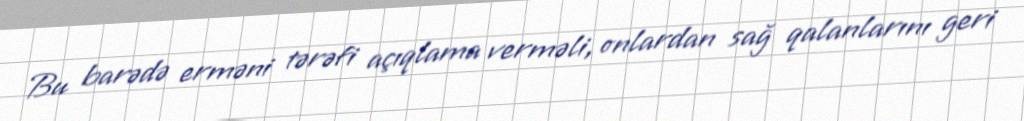
Bu barədə erməni tərəfi açıqlama verməli, onlardan sağ qalanlarını geri